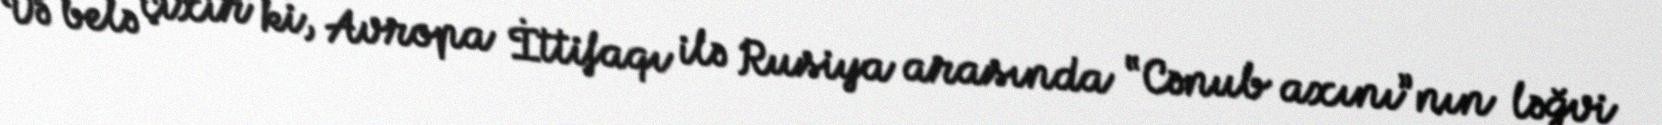
Və belə çıxır ki, Avropa İttifaqı ilə Rusiya arasında “Cənub axını”nın ləğvi